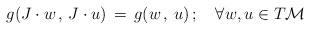
\begin{align*}g(J\cdot w\, ,\, J\cdot u)\, =\, g(w\, ,\, u)\, ; \quad\forall w,u\in T{\cal M}\end{align*}